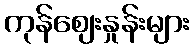
ကုန်ဈေးနှုန်းများ